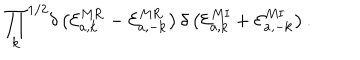
{ \prod _ { \bf k } } ^ { 1 / 2 } \delta \left( { \cal E } _ { a , \bf k } ^ { M \mathrm { R } } - { \cal E } _ { a , - \bf k } ^ { M \mathrm { R } } \right) \delta \left( { \cal E } _ { a , \bf k } ^ { M \mathrm { I } } + { \cal E } _ { a , - \bf k } ^ { M \mathrm { I } } \right) .